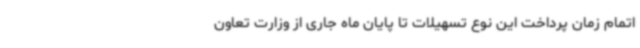
اتمام زمان پرداخت این نوع تسهیلات تا پایان ماه جاری از وزارت تعاون